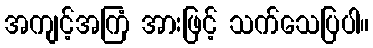
အကျင့်အကြံ အားဖြင့် သက်သေပြပါ။